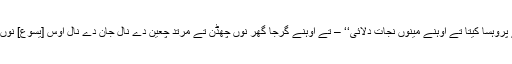
میں یسوع تے پروہسا کیتا تے اُوہنے مینوں نجات دلائی‘‘ – تے اُوہنے گرجا گھر نوں چھڈن تے مُرتد چعین دے نال جان دے نال اُوس [یسوع] نوں قیمت چکائی!